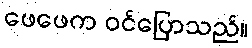
ဖေဖေက ဝင်ပြောသည်။